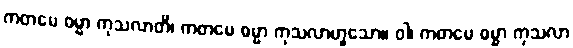
ကတမေ ဓမ္မာ ကုသလာတိ၊ ကတမေ ဓမ္မာ ကုသလာဟူသော။ ဝါ၊ ကတမေ ဓမ္မာ ကုသလာ